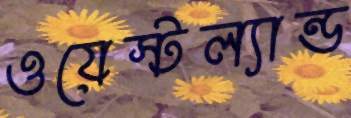
ওয়েস্টল্যান্ড